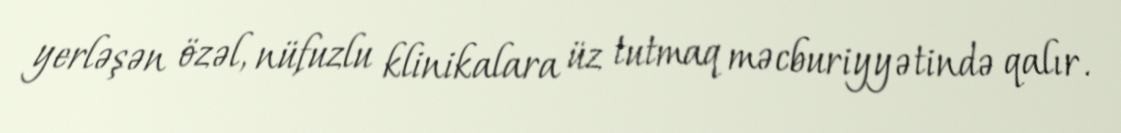
yerləşən özəl, nüfuzlu klinikalara üz tutmaq məcburiyyətində qalır.